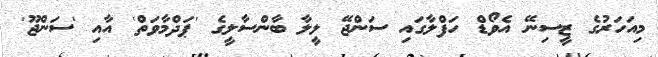
މިއަހަރުގެ ޒީސިނޭ އެވޯޑް ހަފްލާގައި ސަންޖޭ ލީލާ ބާންސާލީގެ 'ޕަދްމާވަތް' އާއި 'ސަންޖޫ'